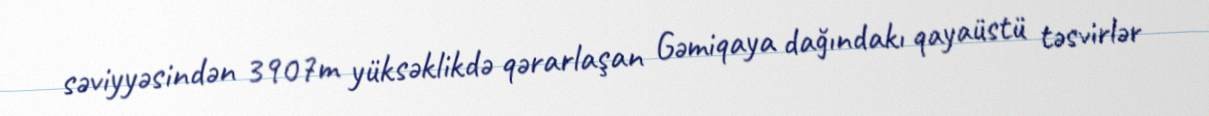
səviyyəsindən 3907m yüksəklikdə qərarlaşan Gəmiqaya dağındakı qayaüstü təsvirlər